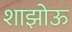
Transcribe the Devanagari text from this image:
शाझोऊ